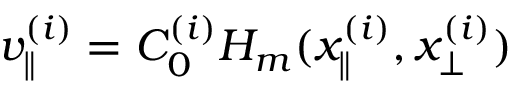
v _ { \parallel } ^ { ( i ) } = C _ { 0 } ^ { ( i ) } H _ { m } ( x _ { \parallel } ^ { ( i ) } , x _ { \perp } ^ { ( i ) } )